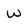
Character: w